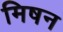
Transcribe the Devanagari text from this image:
मिषन